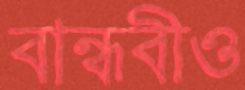
বান্ধবীও